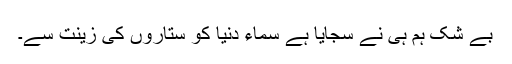
بے شک ہم ہی نے سجایا ہے سماء دنیا کو ستاروں کی زینت سے۔